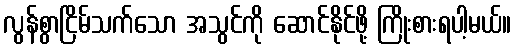
လွန်စွာငြိမ်သက်သော အသွင်ကို ဆောင်နိုင်ဖို့ ကြိုးစားရပါ့မယ်။